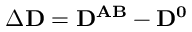
\Delta { \bf D } = { \bf D ^ { A B } - D ^ { 0 } }